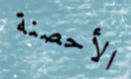
الأحصنة